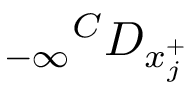
{ _ { - \infty } } ^ { C } D _ { x _ { j } ^ { + } }